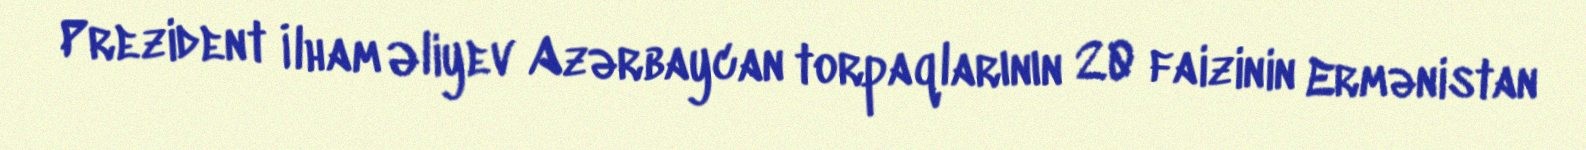
Prezident İlham Əliyev Azərbaycan torpaqlarının 20 faizinin Ermənistan